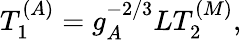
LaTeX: T_{1}^{(A)}=g_{A}^{-2/3}LT_{2}^{(M)},